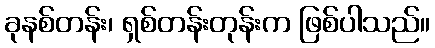
ခုနစ်တန်း၊ ရှစ်တန်းတုန်းက ဖြစ်ပါသည်။